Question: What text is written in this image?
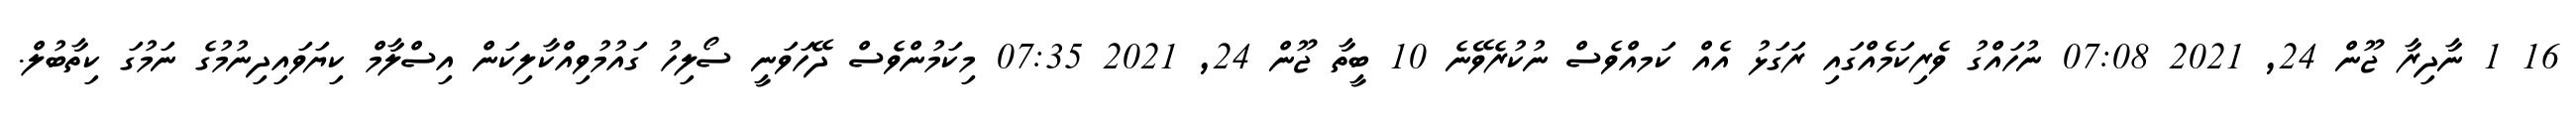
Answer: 16 1 ނާދިރާ ޖޫން 24, 2021 07:08 ނުހައްގު ވެރިކަމެއްގައި ރަގަޅު އެއް ކަމއްވެސް ނުކުރެވޭނެ 10 ބީތާ ޖޫން 24, 2021 07:35 މިކަމުންވެސް ދޭހަވަނީ ސޯލިހު ގައުމުވިއްކާލިކަން އިސްލާމް ކިޔަވައިދިނުމުގެ ނަމުގަ ކިތާބުލް.